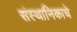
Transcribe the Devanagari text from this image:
संस्थानिकाचे